Annual administration and progress report of the Indian Medical Department, Bombay
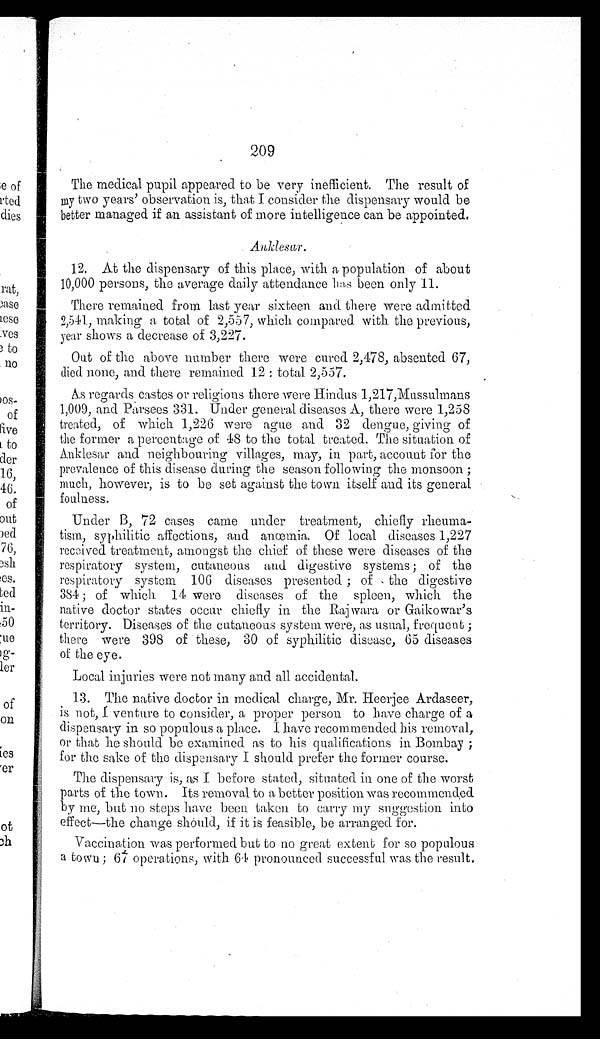
The medical pupil appeared to be very inefficient. The result of
my two years' observation is, that I consider the dispensary would be
better managed if an assistant of more intelligence can be appointed.
Anklesar.
12. At the dispensary of this place, with a population of about
10,000 persons, the average daily attendance has been only 11.
There remained from last year sixteen and there were admitted
2,541, making a total of 2,557, which compared with the previous,
year shows a decrease of 3,227.
Out of the above number there were cured 2,478, absented 67,
died none, and there remained 12: total 2,557.
As regards castes or religions there were Hindus 1,217, Mussulmans
1,009, and Parsees 331. Under general diseases A, there were 1,258
treated, of which 1,226 were ague and 32 dengue, giving of
the former a percentage of 48 to the total treated. The situation of
Anklesar and neighbouring villages, may, in part, account for the
prevalence of this disease during the season following the monsoon;
much, however, is to be set against the town itself and its general
foulness.
Under B, 72 cases came under treatment, chiefly rheuma
-
tism, syphilitic affections, and anœmia. Of local diseases 1,227
received treatment, amongst the chief of these were diseases of the
respiratory system, cutaneous and digestive systems; of the
respiratory system 106 diseases presented; of the digestive
384; of which 14 were diseases of the spleen, which the
native doctor states occur chiefly in the Rajwara or Gaikowar's
territory. Diseases of the cutaneous system were, as usual, frequent;
there were 398 of these, 30 of syphilitic disease, 65 diseases
of the eye.
Local injuries were not many and all accidental.
13. The native doctor in medical charge, Mr. Heerjee Ardaseer,
is not, I venture to consider, a proper person to have charge of a
dispensary in so populous a place. I have recommended his removal,
or that he should be examined as to his qualifications in Bombay;
for the sake of the dispensary I should prefer the former course.
The dispensary is, as I before stated, situated in one of the worst
parts of the town. Its removal to a better position was recommended
by me, but no steps have been taken to carry my suggestion into
effect—the change should, if it is feasible, be arranged for.
Vaccination was performed but to no great extent for so populous
a town; 67 operations, with 64 pronounced successful was the result.